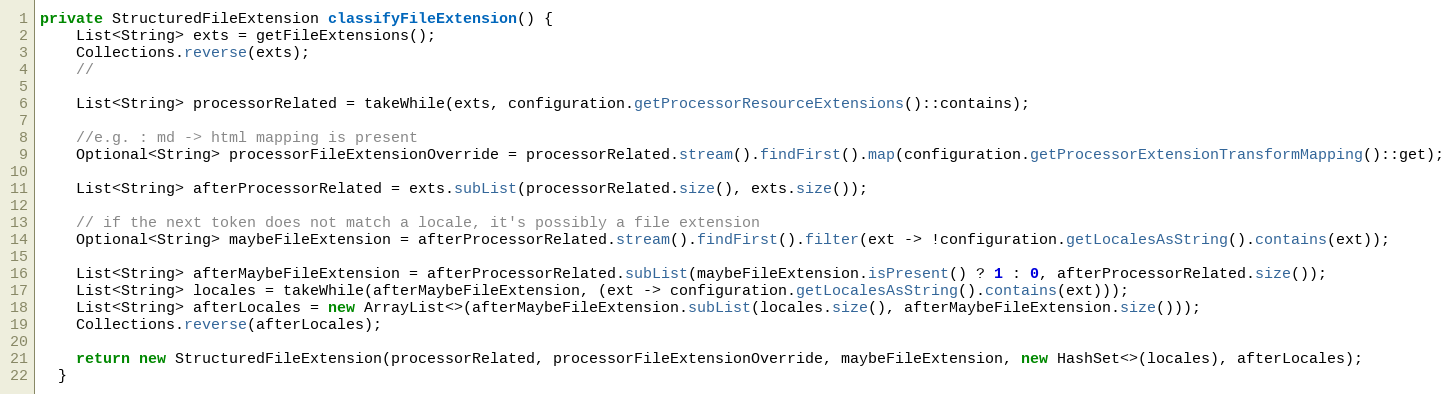
Language: Java
private StructuredFileExtension classifyFileExtension() {
    List<String> exts = getFileExtensions();
    Collections.reverse(exts);
    //

    List<String> processorRelated = takeWhile(exts, configuration.getProcessorResourceExtensions()::contains);

    //e.g. : md -> html mapping is present
    Optional<String> processorFileExtensionOverride = processorRelated.stream().findFirst().map(configuration.getProcessorExtensionTransformMapping()::get);

    List<String> afterProcessorRelated = exts.subList(processorRelated.size(), exts.size());

    // if the next token does not match a locale, it's possibly a file extension
    Optional<String> maybeFileExtension = afterProcessorRelated.stream().findFirst().filter(ext -> !configuration.getLocalesAsString().contains(ext));

    List<String> afterMaybeFileExtension = afterProcessorRelated.subList(maybeFileExtension.isPresent() ? 1 : 0, afterProcessorRelated.size());
    List<String> locales = takeWhile(afterMaybeFileExtension, (ext -> configuration.getLocalesAsString().contains(ext)));
    List<String> afterLocales = new ArrayList<>(afterMaybeFileExtension.subList(locales.size(), afterMaybeFileExtension.size()));
    Collections.reverse(afterLocales);

    return new StructuredFileExtension(processorRelated, processorFileExtensionOverride, maybeFileExtension, new HashSet<>(locales), afterLocales);
  }